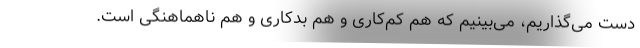
دست می‌گذاریم، می‌بینیم که هم کم‌کاری و هم بدکاری و هم ناهماهنگی است.